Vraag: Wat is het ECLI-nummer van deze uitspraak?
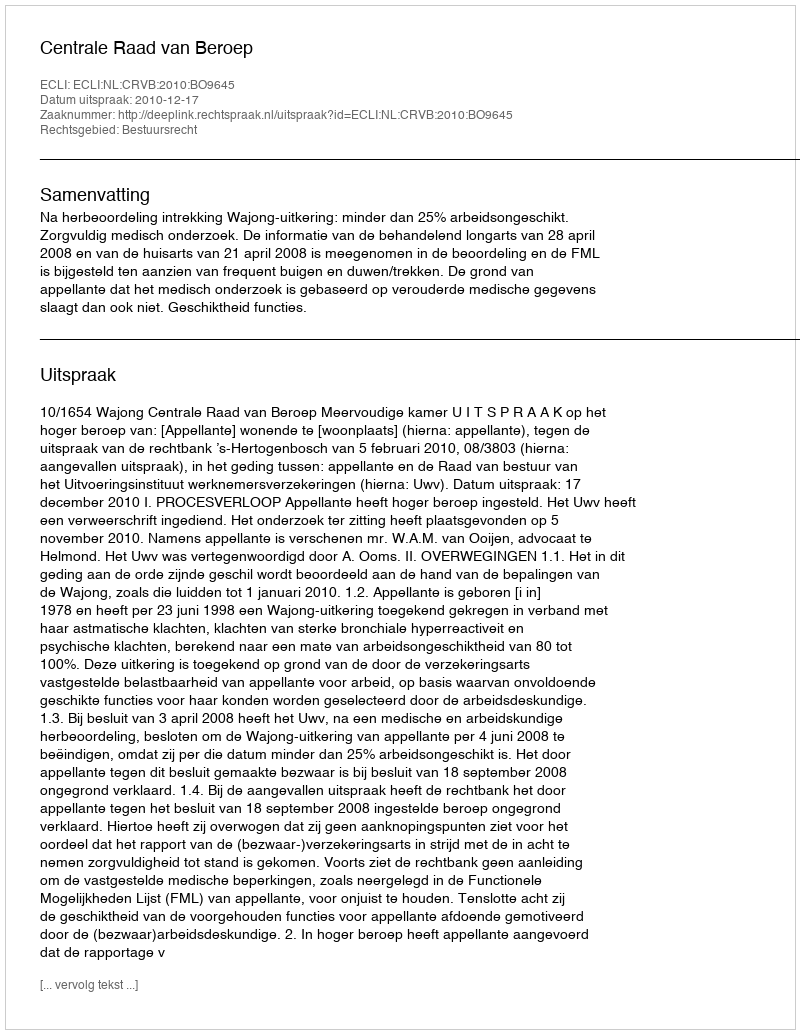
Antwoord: ECLI:NL:CRVB:2010:BO9645